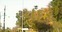
પદો